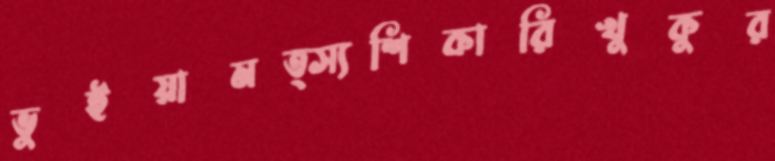
ভুইয়ামত্স্যশিকারিখুকুর